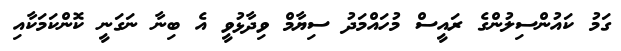
ގަމު ކައުންސިލުންގެ ރައީސް މުހައްމަދު ސިޔާމް ވިދާޅުވީ އެ ބިނާ ނަގަނީ ކޮންކަމަކާއި